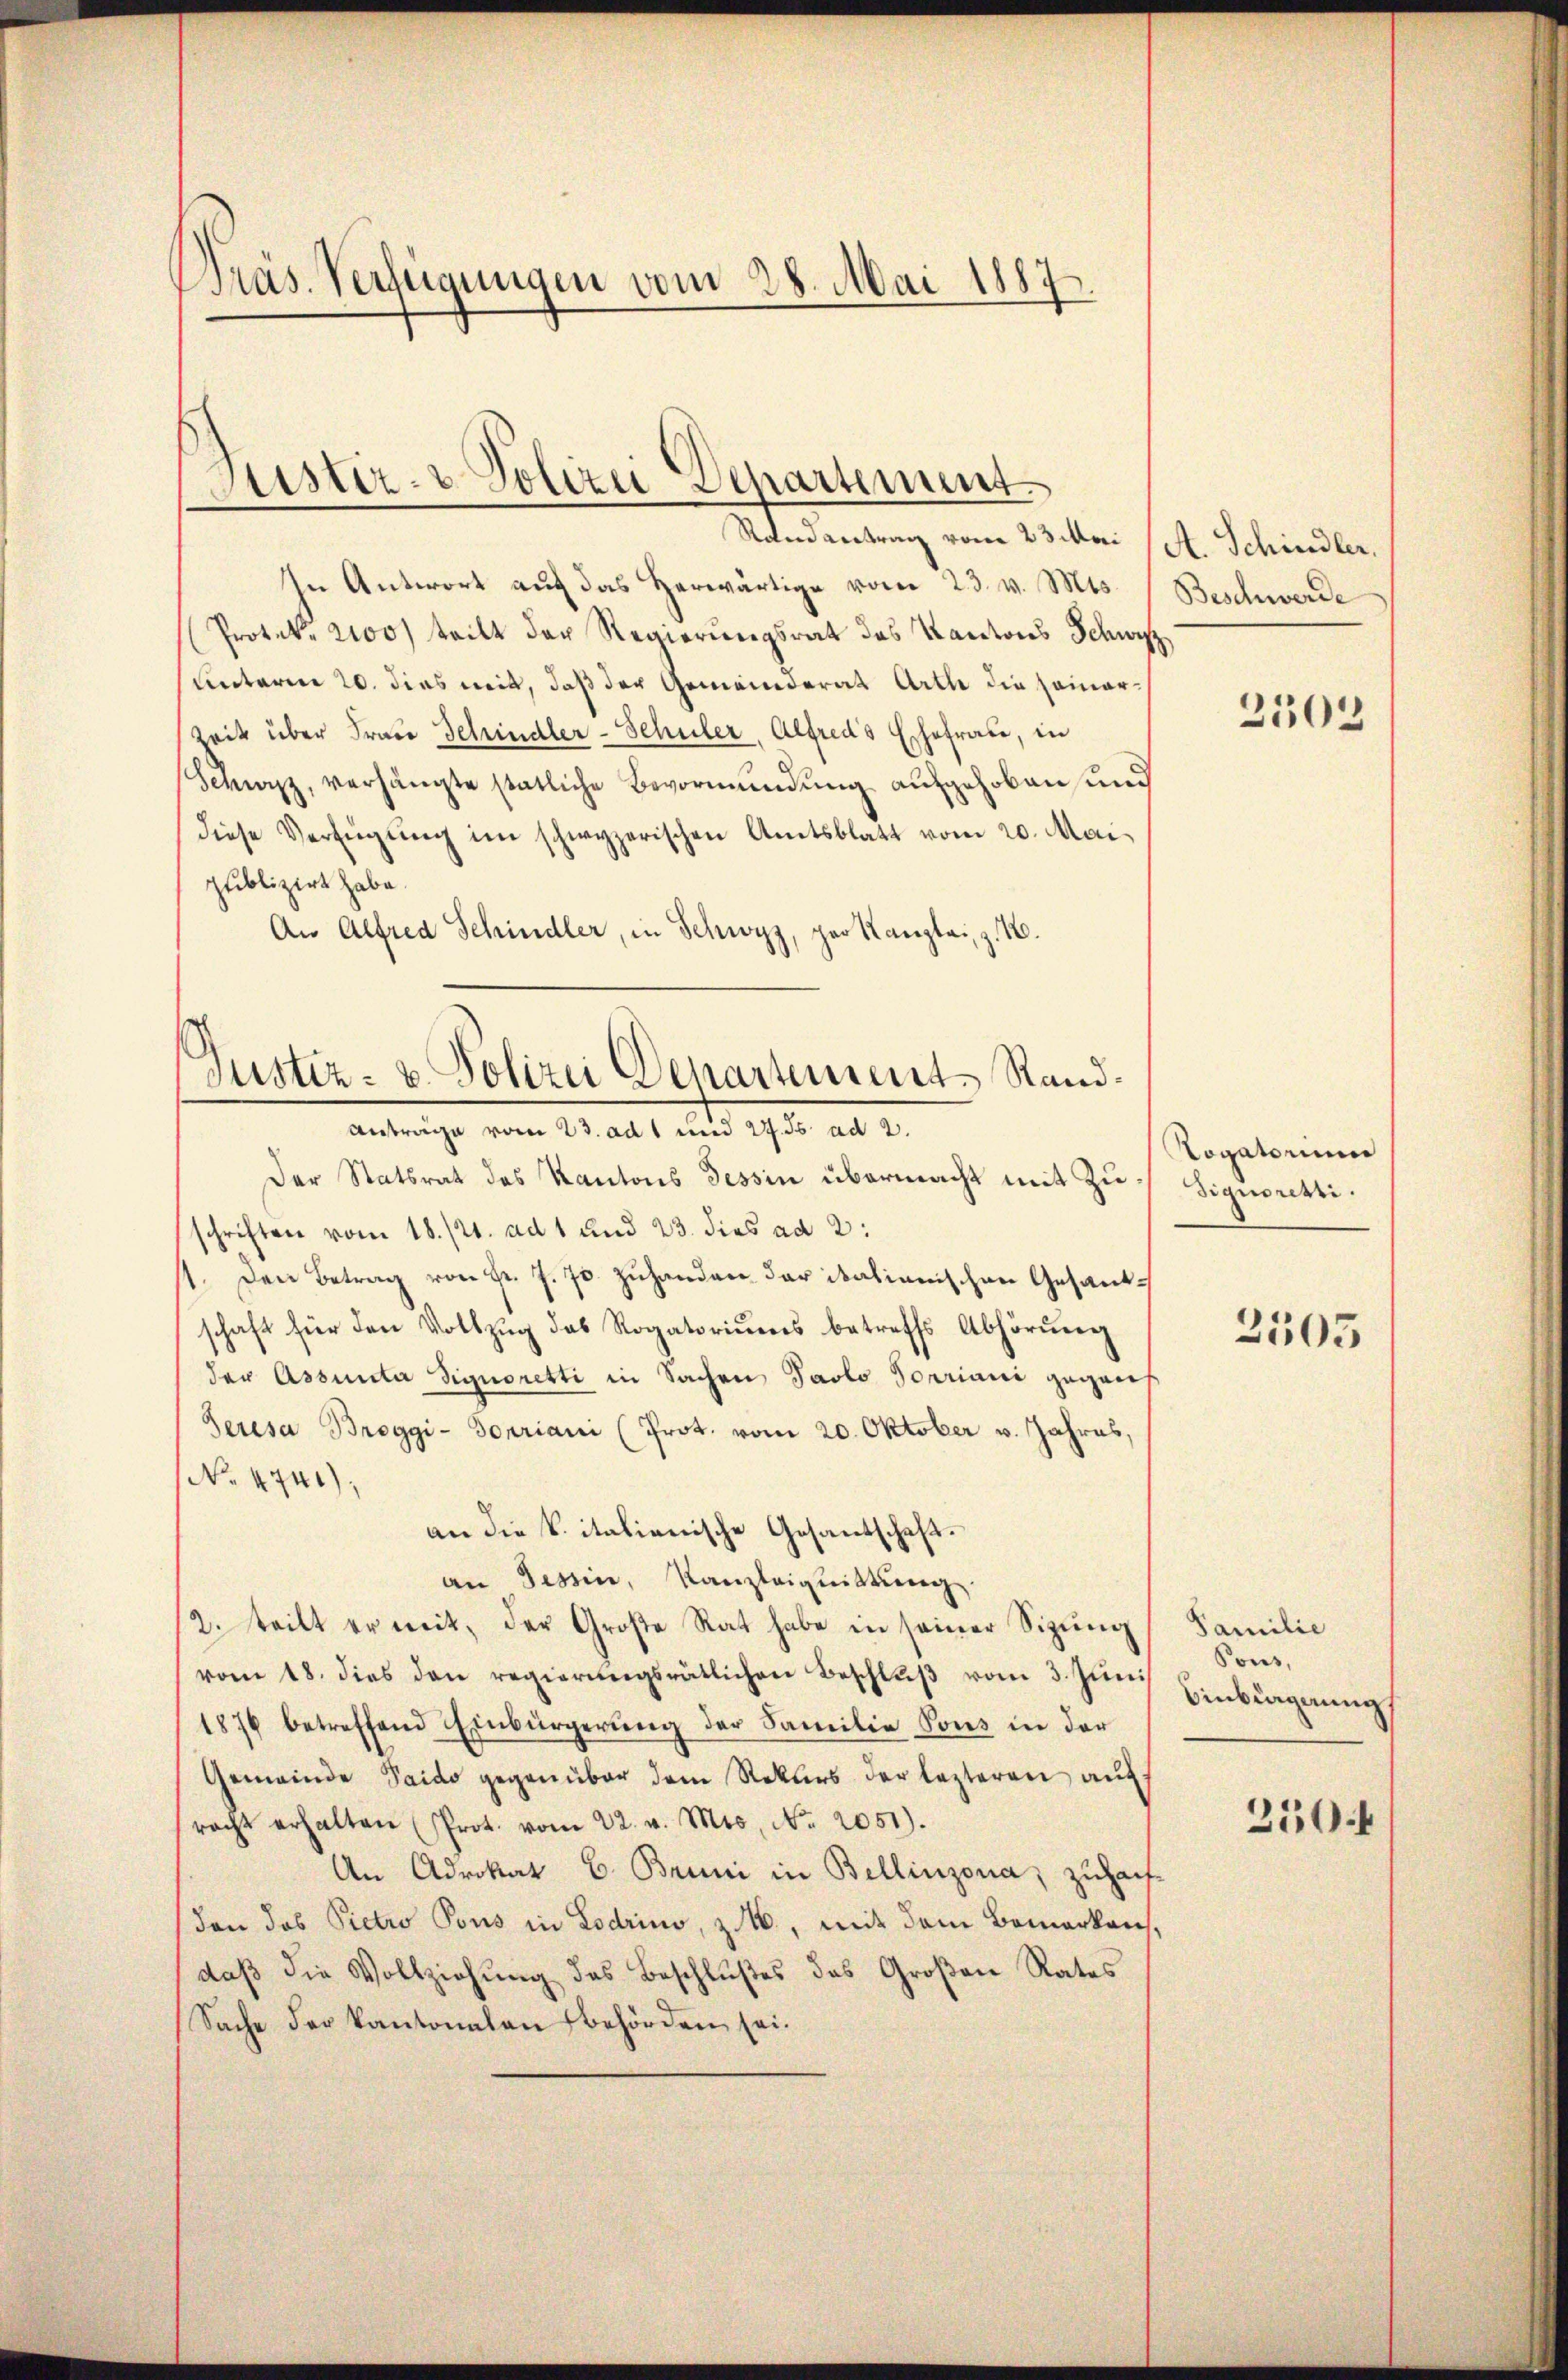
Präs. Verfügungen vom 28. Mai 1887.

Justiz- & Polizei Departement
Randantrag vom 23. Mai (St. Schindler,

In Antwort auf das herwärtige vom 23. v. Mts. ) Beschwerde
(Protok. 2100) teilt der Regierungsrat des Kantons Schwyz
unterm 20. dies mit, daß der Gemeinderat Arth die sammer¬
Zeit über Frau Schindler-Schuler, Alfred's Eschefrau, in
Schwyz, verhängte statliche Bevormundung aufgehoben, und
diese Verfügung im schwyzerischen Amtsblatt vom 20. Mai
publizirt habe.
An Alfred Schindler, in Schwyz, per Kanzlei, z. B.

Justiz- & Polizei Departements Sand¬
Anträge vom 23. ad 1 und 27. ds. ad 2.

Der Statsrat des Kantons Tessin übermacht mit Zuschriften vom 18./21. ad 1 und 23. dies ad 2:
1. Den Betrag von pr. J. J. zŭ handere der italienischen Gesandschaft für den Vollzŭg das Rogatoriŭms betreffs Abhörŭng
der Assunter Signoretti in Sachen Paolo Toriani gegent
Seresa Breggi- Fouriani (Prot. vom 20. Oktober v. Jahres,
No 4741),
an die k. italienische Gesantschaft.
an Tessin, Kanzleigeistung.
2. teilt er mit, der Große Rat habe in seiner Sitzung
vom 18. dies den regierungsrätlichen Beschluß vom 3. Jun. Einbigung
1876 betreffend Einbürgerung der Familie Sons in der
Gemeinde Saido gegenüber dem Rekurs der lezteren auf
racht erhalten (Prot. vom 22. v. Mts. No. 2051).
An Advokat B. Bruni in Bellinzona; zuhaufden das Pietro Pous in Lodrino, z. B., mit dem Bemerkens,
daß die Vollziehung des Beschlußes das Großen Rates
Sache der Kantonalen Behörden sei.

2503

Togatorium
Signoresti

2505

Familie
Pons,
350f